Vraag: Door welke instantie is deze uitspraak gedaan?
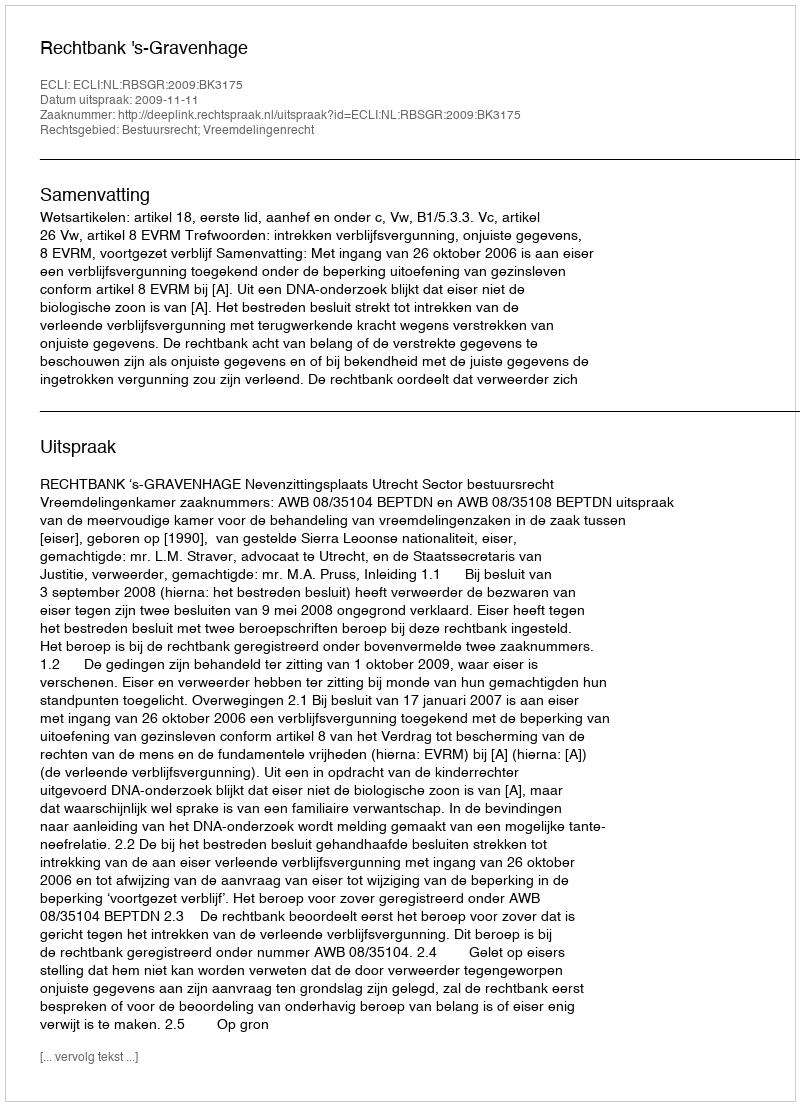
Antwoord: Rechtbank 's-Gravenhage